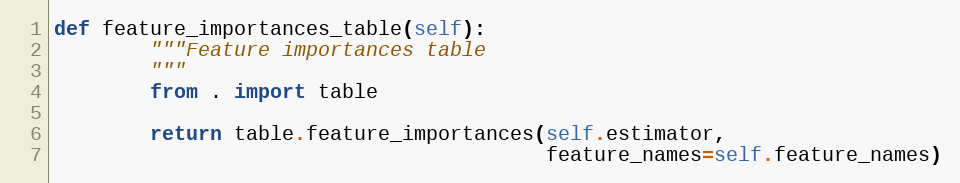
Language: Python
def feature_importances_table(self):
        """Feature importances table
        """
        from . import table

        return table.feature_importances(self.estimator,
                                         feature_names=self.feature_names)